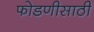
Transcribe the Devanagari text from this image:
फोडणीसाठी